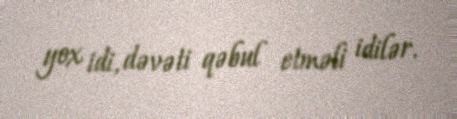
yox idi, dəvəti qəbul etməli idilər.